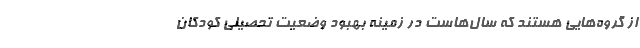
از گروه‌هایی هستند که سال‌هاست در زمینه بهبود وضعیت تحصیلی کودکان